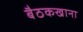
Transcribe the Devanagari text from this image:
बैठकखाना